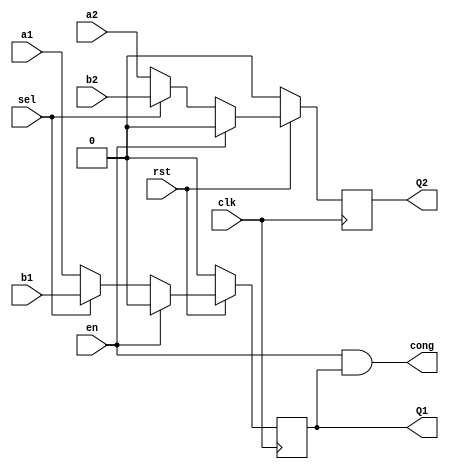
module ScDFF(
    input wire sel,
    input wire a1,
    input wire b1,
    input wire a2,
    input wire b2,
    input wire clk,
    input wire en,
    input wire rst,
    output wire cong,
    output reg Q1,
    output reg Q2
); 

wire D1,D2;

assign D1 = sel? b1 : a1;
assign D2 = sel? b2 : a2;

assign cong = en & Q1;

always @(posedge clk)
begin
    if(!rst) begin           
        Q1<=1'b0;
        Q2<=1'b0;
    end else if(!en) begin
        Q1<=D1;
        Q2<=D2;
    end else begin
        Q1<=1'b0;
        Q2<=1'b0;
    end 
end

endmodule